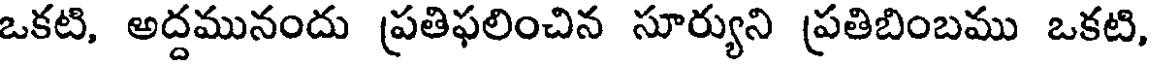
ఒకటి, అద్దమునందు ప్రతిఫలించిన సూర్యుని ప్రతిబింబము ఒకటి,